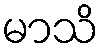
မာသိ